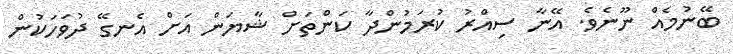
ބޭނުމެއް ނޫނެވެ. އޭނާ ސިއްރު ކުރަމުންދާ ކަންތަށް ޝާޔަން އަށް އެނގޭ ދުވަހަކުން